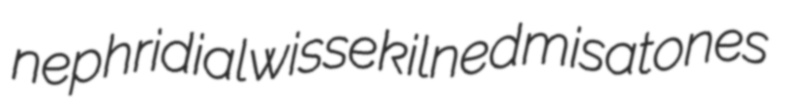
nephridial wisse kilned misatones